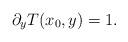
LaTeX: \begin{align*}\partial_y T(x_0,y) =1.\end{align*}